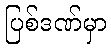
ပြစ်ဒဏ်မှာ